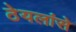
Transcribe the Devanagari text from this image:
ठेयलांसे